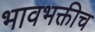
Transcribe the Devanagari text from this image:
भावभक्तीच